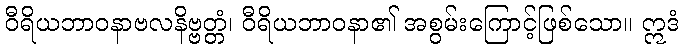
ဝီရိယဘာဝနာဗလနိဗ္ဗတ္တံ၊ ဝီရိယဘာဝနာ၏ အစွမ်းကြောင့်ဖြစ်သော။ ဣဒံ